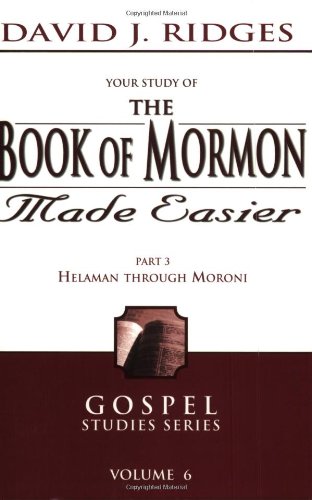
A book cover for The Book of Mormon Made Easier, Part III (New Cover); David Ridges; Christian Books & Bibles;